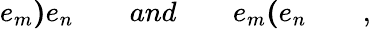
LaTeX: e_{m}\mathbf{)}e_{n}\quad\quad and\quad\quad e_{m}\mathbf{(}e_{n}\quad\quad,